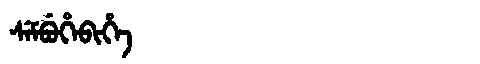
Manchu: ᠰᡝᠮᠪᡠᡥᡝᠪᡳᡥᡝ
Romanization: SEMBUHEBIHE